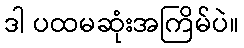
ဒါ ပထမဆုံးအကြိမ်ပဲ။